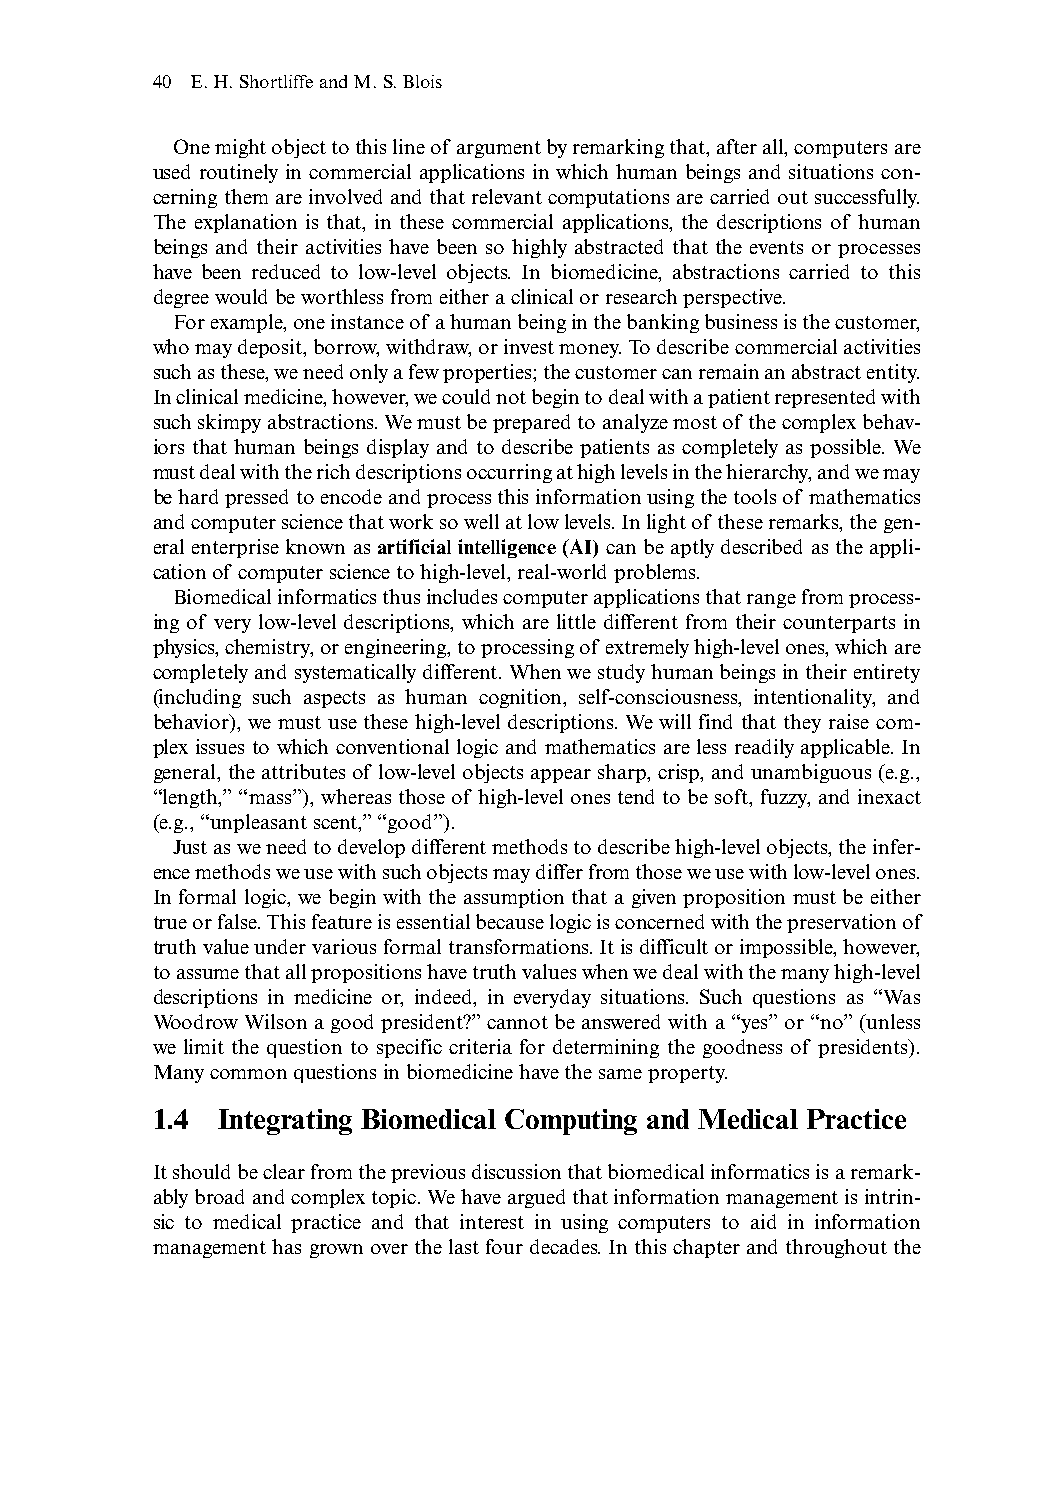
40 E.H.Shortliffe and M.S.Blois
 One might object to this line of argument by remarking that,after all,computers are
 used routinely in commercial applications in which human beings and situations con-
 cerning them are involved and that relevant computations are carried out successfully.
 The explanation is that, in these commercial applications, the descriptions of human
 beings and their activities have been so highly abstracted that the events or processes
 have been reduced to low-level objects. In biomedicine, abstractions carried to this
 degree would be worthless from either a clinical or research perspective.
 For example,one instance of a human being in the banking business is the customer,
 who may deposit,borrow,withdraw,or invest money.To describe commercial activities
 such as these,we need only a few properties;the customer can remain an abstract entity.
 In clinical medicine,however,we could not begin to deal with a patient represented with
 such skimpy abstractions.We must be prepared to analyze most of the complex behav-
 iors that human beings display and to describe patients as completely as possible. We
 must deal with the rich descriptions occurring at high levels in the hierarchy,and we may
 be hard pressed to encode and process this information using the tools of mathematics
 and computer science that work so well at low levels.In light of these remarks,the gen-
 eral enterprise known as artificial intelligence (AI) can be aptly described as the appli-
 cation of computer science to high-level,real-world problems.
 Biomedical informatics thus includes computer applications that range from process-
 ing of very low-level descriptions, which are little different from their counterparts in
 physics,chemistry,or engineering,to processing of extremely high-level ones,which are
 completely and systematically different.When we study human beings in their entirety
 (including such aspects as human cognition, self-consciousness, intentionality, and
 behavior), we must use these high-level descriptions. We will find that they raise com-
 plex issues to which conventional logic and mathematics are less readily applicable. In
 general,the attributes of low-level objects appear sharp,crisp,and unambiguous (e.g.,
 “length,”“mass”), whereas those of high-level ones tend to be soft, fuzzy, and inexact
 (e.g.,“unpleasant scent,”“good”).
 Just as we need to develop different methods to describe high-level objects,the infer-
 ence methods we use with such objects may differ from those we use with low-level ones.
 In formal logic, we begin with the assumption that a given proposition must be either
 true or false.This feature is essential because logic is concerned with the preservation of
 truth value under various formal transformations.It is difficult or impossible,however,
 to assume that all propositions have truth values when we deal with the many high-level
 descriptions in medicine or, indeed, in everyday situations. Such questions as “Was
 Woodrow Wilson a good president?”cannot be answered with a “yes”or “no”(unless
 we limit the question to specific criteria for determining the goodness of presidents).
 Many common questions in biomedicine have the same property.
 1.4  Integrating Biomedical Computing and Medical Practice
 It should be clear from the previous discussion that biomedical informatics is a remark-
 ably broad and complex topic.We have argued that information management is intrin-
 sic to medical practice and that interest in using computers to aid in information
 management has grown over the last four decades. In this chapter and throughout the